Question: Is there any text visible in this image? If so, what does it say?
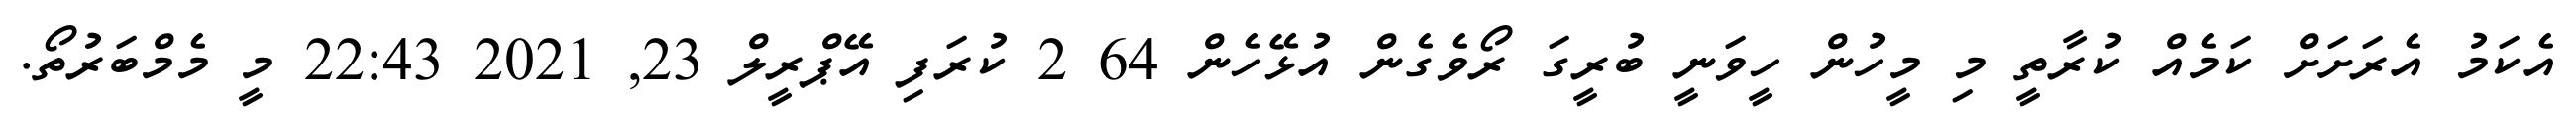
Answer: އެކަމު އެރަށަށް ކަމެއް ކުރާތީ މި މީހުން ހީވަނީ ބުރީގަ ރޯވެގެން އުޅޭހެން 64 2 ކުރަފި އޭޕްރީލް 23, 2021 22:43 މީ މެމްބަރުތޯ.